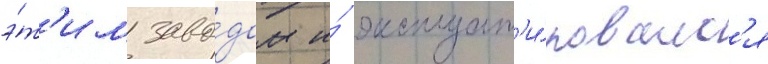
э́т'им заво́дом и́ эксплуат'и́ровалс'я